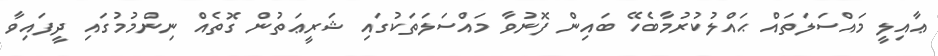
ޢާއިލީ މައްސަލަތައް ޙައްލުކުރުމާބެހޭ ބައިން ފޮނުވާ މައްސަލަތަކުގައި ޝަރީޢަތުން ގޮތެއް ނިންމުމުގައި ދީފައިވާ